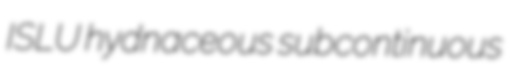
ISLU hydnaceous subcontinuous